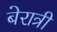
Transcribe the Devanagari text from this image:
बेरात्री